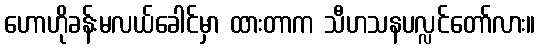
ဟောဟိုခန်းမလယ်ခေါင်မှာ ထားတာက သီဟသနပလ္လင်တော်လား။